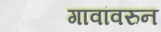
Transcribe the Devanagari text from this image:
गावांवरुन